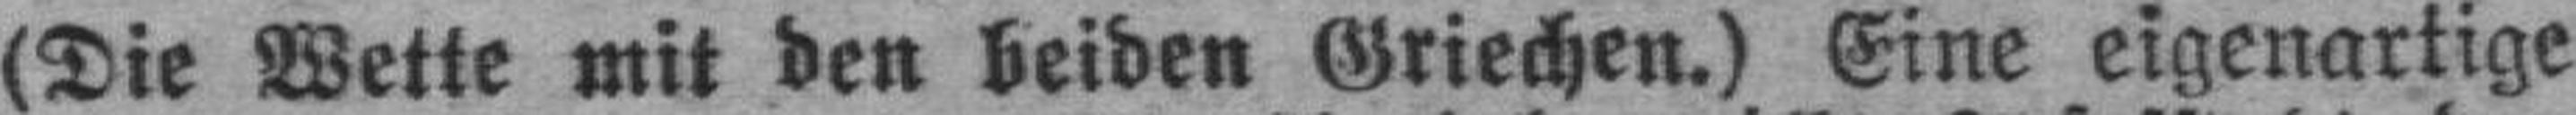
(Die Wette mit den beiden Griechen.) Eine eigenartige